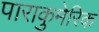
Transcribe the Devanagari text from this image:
पाराकुमेरिक